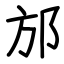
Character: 邡